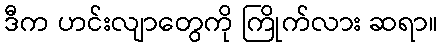
ဒီက ဟင်းလျာတွေကို ကြိုက်လား ဆရာ။